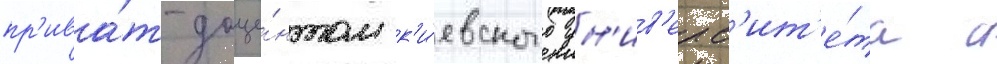
пр'ива́т-доце́нтом к'и́евского ун'ив'ерс'ит'е́та с